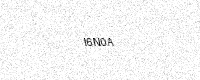
Text: I6N0A